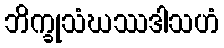
ဘိက္ခုသံဃဿဒါသဟံ